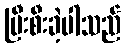
ပြီးစီးခဲ့ပါသည်